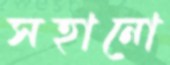
সহানো